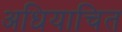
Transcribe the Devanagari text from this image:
अधियाचित